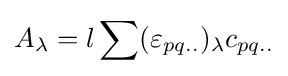
A_{\lambda }=l\sum (\varepsilon _{pq..})_{\lambda }c_{pq..}